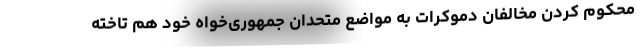
محکوم کردن مخالفان دموکرات به مواضع متحدان جمهوری‌خواه خود هم تاخته